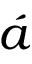
\acute { a }